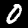
Digit: 0